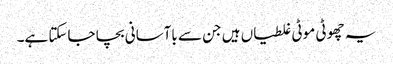
یہ چھوٹی موٹی غلطیاں ہیں جن سے باآسانی بچا جاسکتا ہے۔